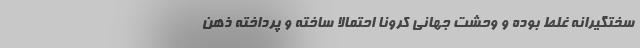
سختگیرانه غلط بوده و وحشت جهانی کرونا احتمالا ساخته و پرداخته ذهن